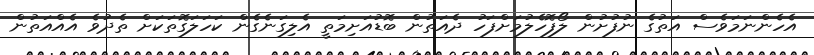
އެހެންނަމަވެސް އަތުގެ ނުފުށުން ލޯފޮހެލުމަށްފަހު ދެއަތުން ބޮޑުއަށިމަތީ އެލިގަނެގެން ކަހަލަގޮތަކަށް ތެދުވެ އެއްއަތުން